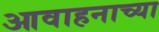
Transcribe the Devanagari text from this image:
आवाहनाच्या